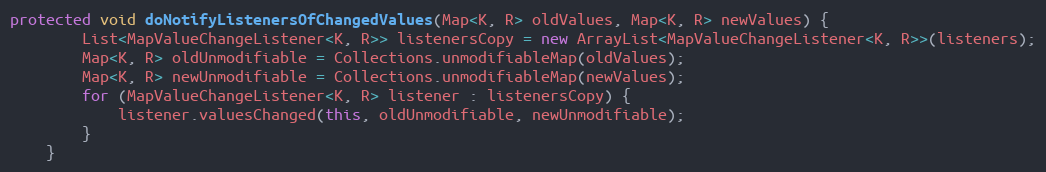
Language: Java
protected void doNotifyListenersOfChangedValues(Map<K, R> oldValues, Map<K, R> newValues) {
        List<MapValueChangeListener<K, R>> listenersCopy = new ArrayList<MapValueChangeListener<K, R>>(listeners);
        Map<K, R> oldUnmodifiable = Collections.unmodifiableMap(oldValues);
        Map<K, R> newUnmodifiable = Collections.unmodifiableMap(newValues);
        for (MapValueChangeListener<K, R> listener : listenersCopy) {
            listener.valuesChanged(this, oldUnmodifiable, newUnmodifiable);
        }
    }